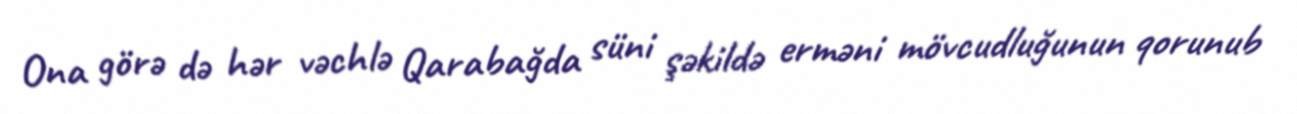
Ona görə də hər vəchlə Qarabağda süni şəkildə erməni mövcudluğunun qorunub